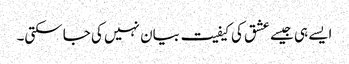
ایسے ہی جیسے عشق کی کیفیت بیان نہیں کی جاسکتی۔